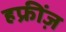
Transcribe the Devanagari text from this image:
हफ्रींज़